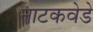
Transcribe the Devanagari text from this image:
नाटकवेडे